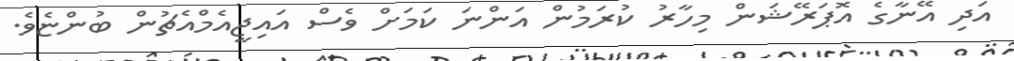
އަދި އޭނާގެ އޮޕަރޭޝަން މިހާރު ކުރަމުން އަންނަ ކަމަށް ވެސް އައިޖީއެމްއެޗުން ބުންޏެވެ.